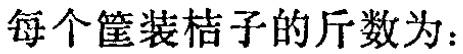
每个筐装桔子的斤数为：